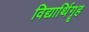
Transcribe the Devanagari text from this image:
विद्यार्थिगॄह